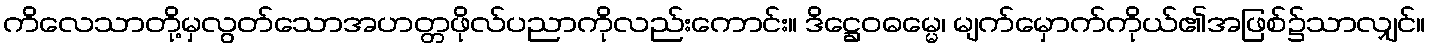
ကိလေသာတို့မှလွတ်သောအဟတ္တဖိုလ်ပညာကိုလည်းကောင်း။ ဒိဋ္ဌေဝဓမ္မေ၊ မျက်မှောက်ကိုယ်၏အဖြစ်၌သာလျှင်။